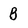
Character: B